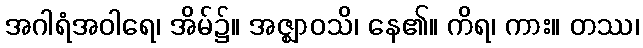
အဂါရံအဝါရေ၊ အိမ်၌။ အဇ္ဈာဝသိ၊ နေ၏။ ကိရ၊ ကား။ တဿ၊